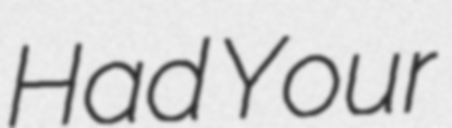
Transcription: Had Your